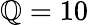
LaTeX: \mathbb{Q}=10